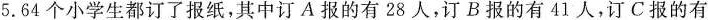
5.64个小学生都订了报纸，其中订A报的有28人，订B报的有41人，订C报的有